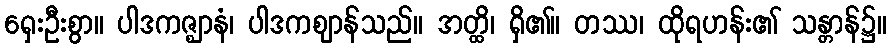
ရှေးဦးစွာ။ ပါဒကဇ္ဈာနံ၊ ပါဒကဈာန်သည်။ အတ္ထိ၊ ရှိ၏။ တဿ၊ ထိုရဟန်း၏ သန္တာန်၌။